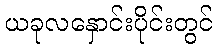
ယခုလနှောင်းပိုင်းတွင်